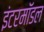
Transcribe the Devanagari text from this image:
इंटरमॉडल